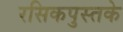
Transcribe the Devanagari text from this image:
रसिकपुस्तके